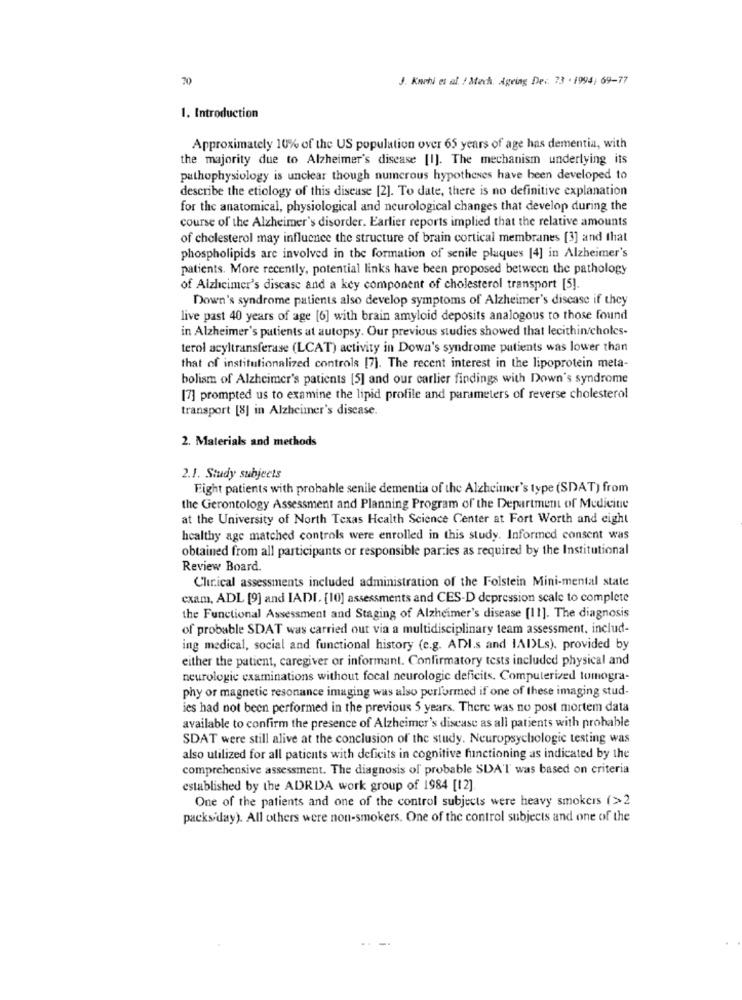
70
J. Kwohl es al / Mtech. Ageing De. 73 · 1994; 69-77
1. Introduction
Approximately 10% of the US population over 65 years of age has dementia, with
the majority due to Alzheimer's disease [I]. The mechanism underlying its
pathophysiology is unclear though numerous hypotheses have been developed to
describe the etiology of this disease [2]. To date, there is no definitive explanation
for the anatomical, physiological and neurological changes that develop during the
course of the Alzheimer's disorder. Earlier reports implied that the relative amounts
of cholesterol may influence the structure of brain cortical membranes [3] and that
phospholipids are involved in the formation of senile plaques [4] in Alzheimer's
patients. More recently, potential links have been proposed between the pathology
of Alzheimer's disease and a key component of cholesterol transport [5].
Down's syndrome patients also develop symptoms of Alzheimer's disease if they
live past 40 years of age [6] with brain amyloid deposits analogous to those found
in Alzheimer's patients at autopsy. Our previous studies showed that lecithin/choles-
terol acyltransferase (LCAT) activity in Down's syndrome patients was lower than
that of institutionalized controls [7]. The recent interest in the lipoprotein meta-
bolism of Alzheimer's patients [5] and our carlier findings with Down's syndrome
[7] prompted us to examine the lipid profile and parameters of reverse cholesterol
transport [8] in Alzheimer's disease.
2. Materials and methods
2.1. Study subjects
Fight patients with probable senile dementia of the Alzheimer's type (SDAT) from
the Gerontology Assessment and Planning Program of the Department of Medicine
at the University of North Texas Health Science Center at Fort Worth and eight
healthy age matched controls were enrolled in this study. Informed consent was
obtained from all participants or responsible parties as required by the Institutional
Review Board
Clinical assessments included administration of the Folstein Mini-mental state
cxam, ADL [9] and IADI. [10] assessments and CES-D depression scale to complete
the Functional Assessment and Staging of Alzheimer's disease [11]. The diagnosis
of probable SDAT was carried out via a multidisciplinary team assessment, includ-
ing medical, social and functional history (e.g. ADI.s and IAI)Ls). provided by
either the patient, caregiver or informant. Confirmatory tests included physical and
neurologic examinations without focal neurologic deficits. Computerized tomogra-
phy or magnetic resonance imaging was also performed if one of these imaging stud-
ies had not been performed in the previous 5 years. There was no post mortem data
available to confirm the presence of Alzheimer's disease as all patients with probable
SDAT were still alive at the conclusion of the study. Neuropsychologic testing was
also utilized for all patients with deficits in cognitive functioning as indicated by the
comprehensive assessment. The diagnosis of probable SDAT was based on criteria
established by the ADRDA work group of 1984 [12]
One of the patients and one of the control subjects were heavy smokers (>>2
packsiday). All others were non-smokers. One of the control subjects and one of the